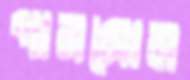
পারসোন